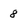
Character: 8